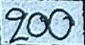
200